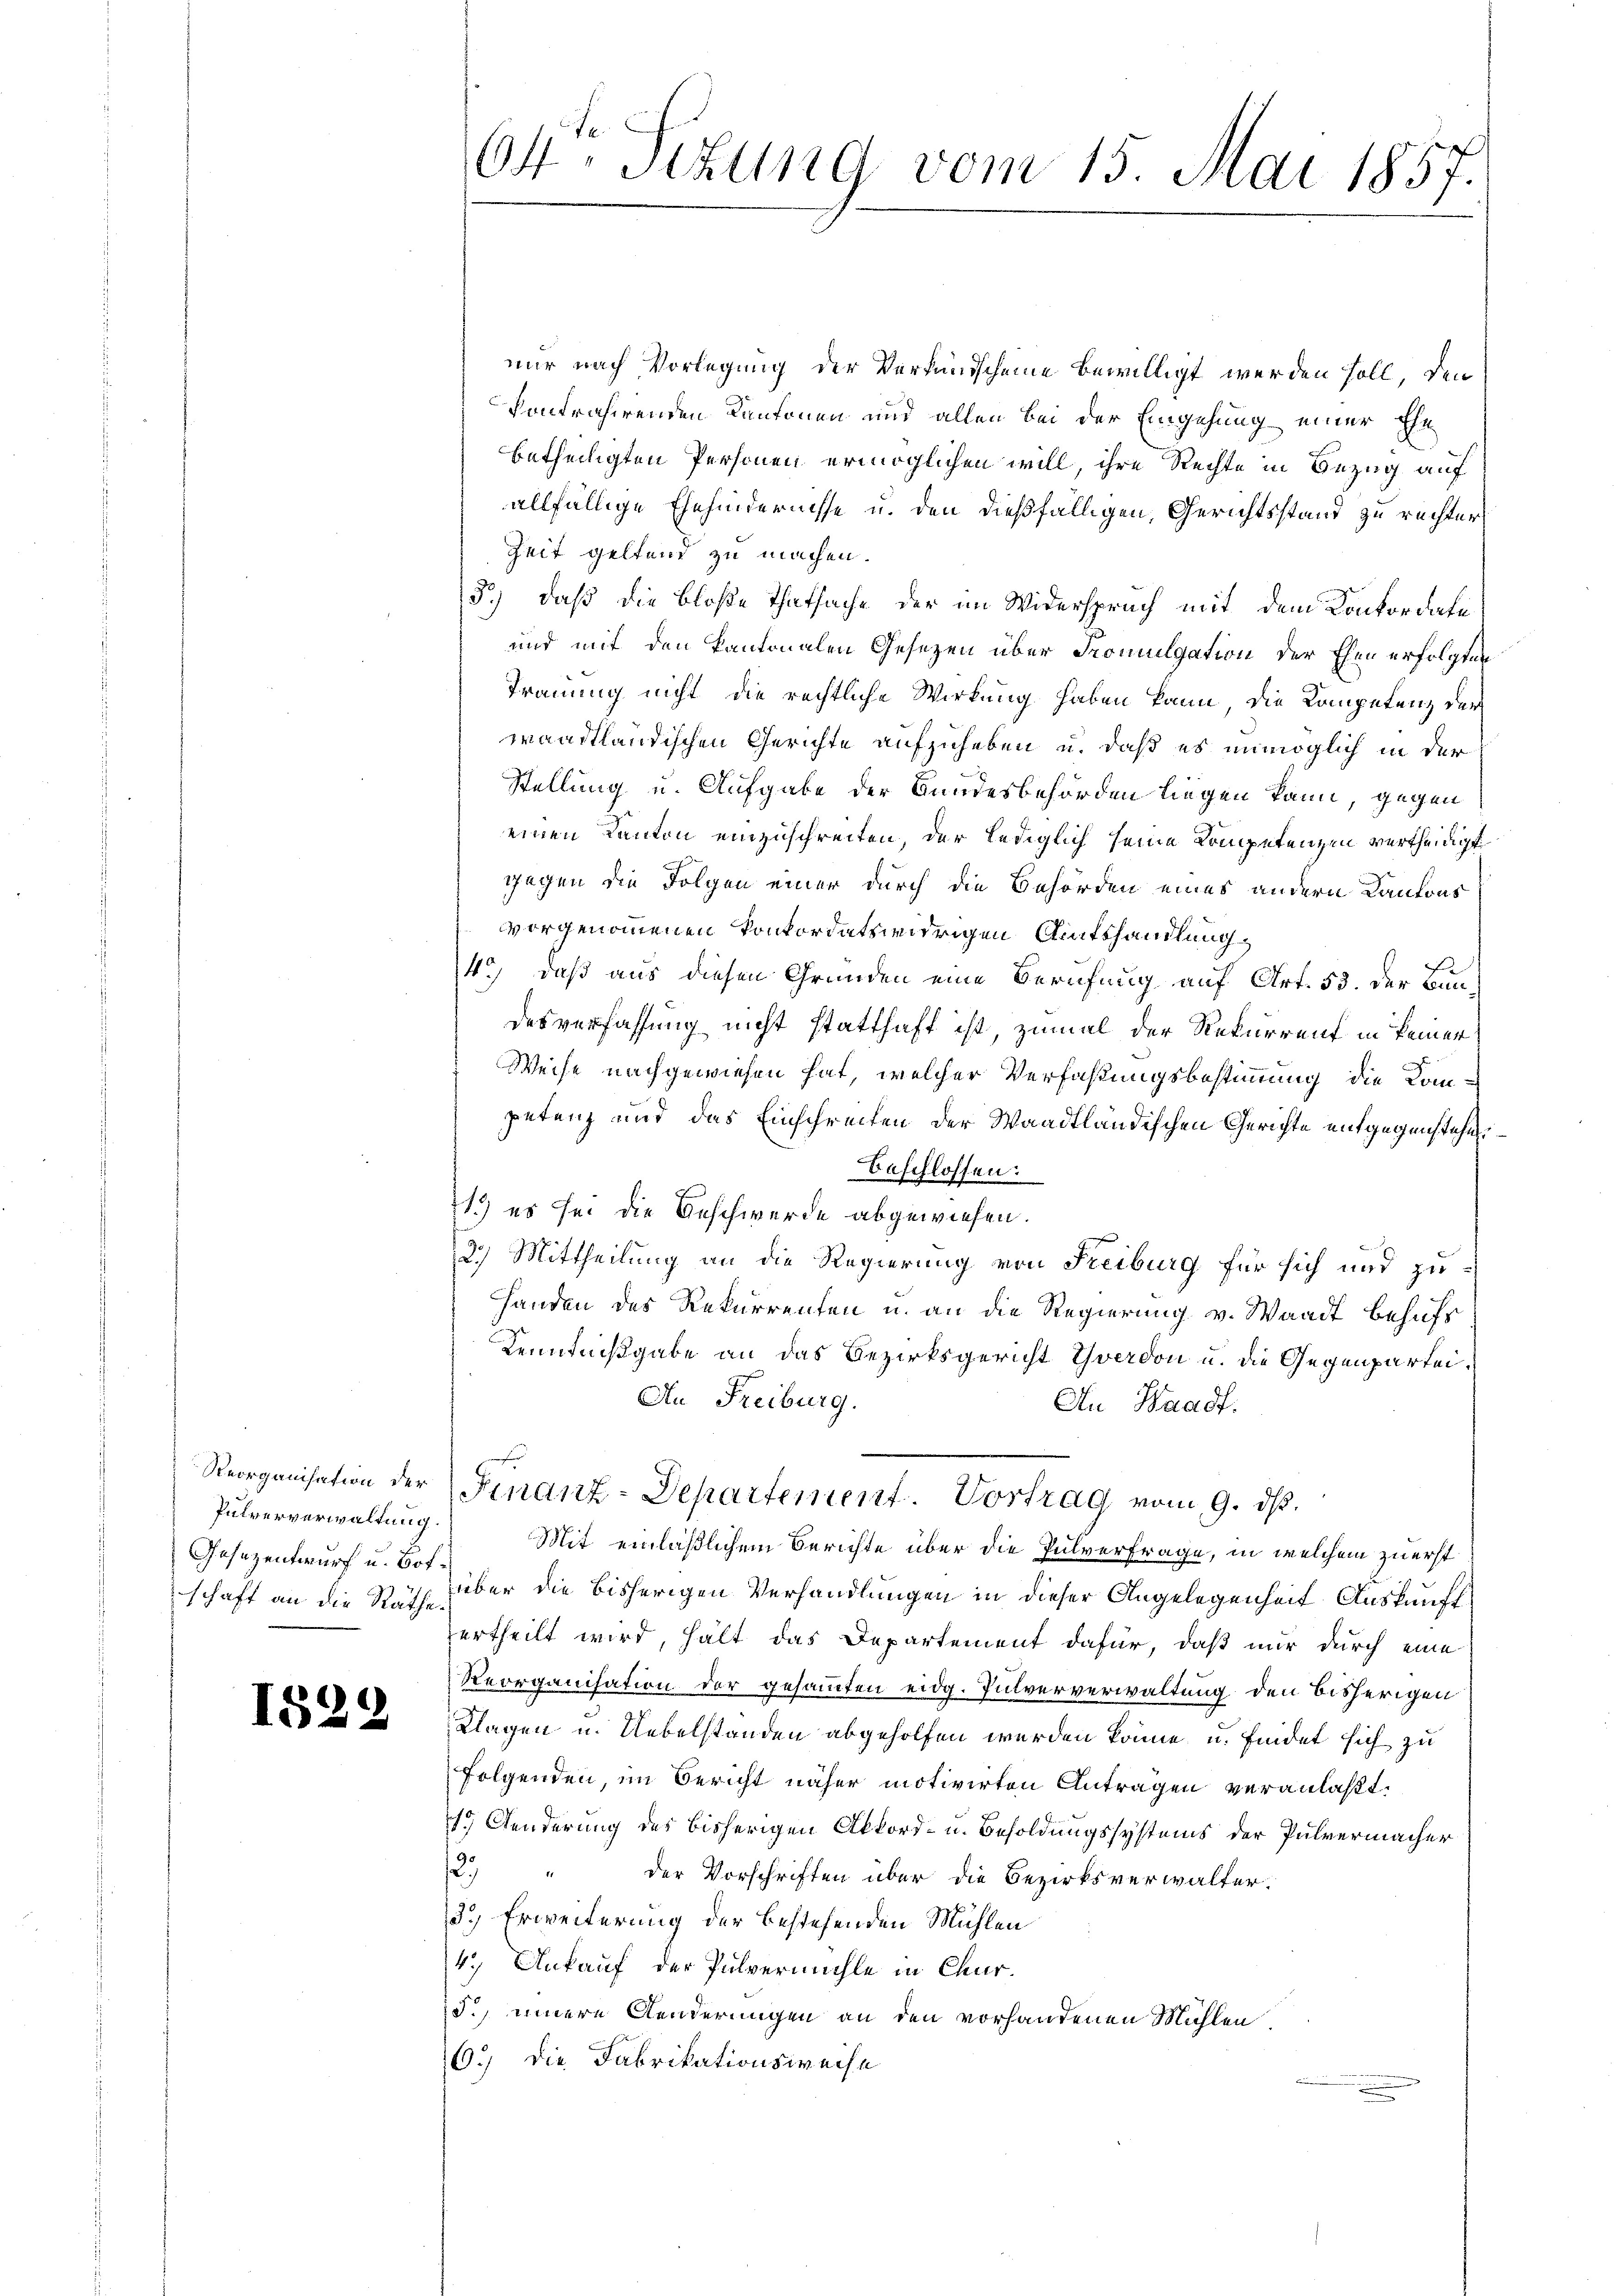
Reorganisation der
Pulververwaltung.
Gesezentwurf u. Hof.
schaft an die Räthe.

1529

64te Sitzung vom 15. Mai 1857.

nur nach Vorlegung der Verkundscheine bewilligt werden soll, den
vontrahirenden Kantonen und allen bei der Eingehung einer Ehe
betheiligten Personen ermöglichen will, ihre Rechte in Bezug auf
allfällige Ehehindernisse u. den dießfälligen, Gerichtsstand zu rechter
Zeit geltend zu machen.
3.) daß die bloße Thatsache der im Widerspruch mit dem Konkordate
und mit den Kantonalen Gesezen über Fromulgation der Ehen erfolgten
Trauung nicht die rechtliche Wirkung haben kann, die Kompetenz der
wandtländischen Gerichte aufzuheben u. daß es unmöglich in der
Stellung u. Aufgabe der Bundesbehörden liegen kann, gegen
einen Kanton einzuschreiten, der lediglich seine Kompetenzen vertheidigt
gegen die Folgen einer durch die Behörden eines andern Kantons
vorgenommenen konkordatswidrigen Amtshandlung
4.) daß aus diesen Gründen eine Berufung auf Art. 53. Der Bundesverfassung nicht statthaft ist, zumal der Rekurrenz in keiner
Weise nachgewiesen hat, welcher Verfaßungsbestimmung die Kompetenz und das Einschreifen der Waadtländischen Gerichte entgegenstehen
beschlossen:
1.) es sei die Beschwerde abgewiesen.
2.) Mittheilung an die Regierung von Freiburg für sich und zu¬
Handen des Rekurrenten u. an die Regierung v. Waadt behufs
Kenntnißgabe an das Bezirksgericht Yverdon u. die Gegenpartei¬
An Freiburg.
An Waadt.
Finanz-Departement. Vortrag vom 9. ds.
Mit einläßlichem Berichte über die Pulverfrage, in welchem zuerst
über die bisherigen Verhandlungen in dieser Angelegenheit Auskunft
ertheilt wird, hält das Departement dafür, daß nur durch eine
Reorganisation der gesammten eidg. Pulververwaltung den bisherigen
Klagen u. Uebelstanden abgeholfen werden könne, u. findet sich zu
Folgenden im Bericht näher motivirten Antragen veranlaßt.
 Aenderung des bisherigen Akkord- u. Besoldungssystems der Pulvermacher
2.) " der Vorschriften über die Bezirksverwalter.
3.) Erweiterung der bestehenden Mühlen
4.) Ankauf der Pulvermühle in Chur¬
5.) innere Aenderungen an den vorhandenen Mühlen,
6.) Die Fabrikationsweise